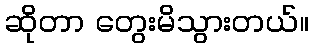
ဆိုတာ တွေးမိသွားတယ်။